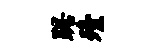
踞殪